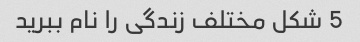
5 شکل مختلف زندگی را نام ببرید